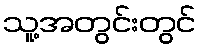
သူ့အတွင်းတွင်